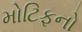
મોટિફનો